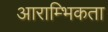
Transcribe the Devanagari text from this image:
आराम्भिकता